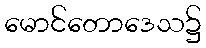
မောင်တောဒေသ၌